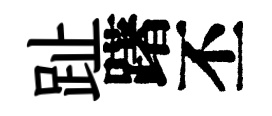
趾躇丕